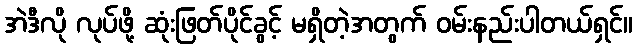
အဲဒီလို လုပ်ဖို့ ဆုံးဖြတ်ပိုင်ခွင့် မရှိတဲ့အတွက် ဝမ်းနည်းပါတယ်ရှင်။